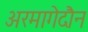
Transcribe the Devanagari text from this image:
अरमागेदौन